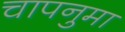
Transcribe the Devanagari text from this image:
चापनुमा